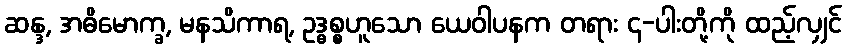
ဆန္ဒ, အဓိမောက္ခ, မနသိကာရ, ဥဒ္ဓစ္စဟူသော ယေဝါပနက တရား ၄-ပါးတို့ကို ထည့်လျှင်